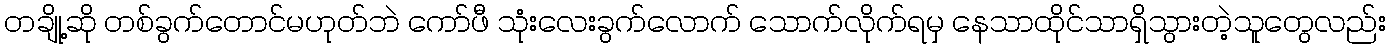
တချို့ဆို တစ်ခွက်တောင်မဟုတ်ဘဲ ကော်ဖီ သုံးလေးခွက်လောက် သောက်လိုက်ရမှ နေသာထိုင်သာရှိသွားတဲ့သူတွေလည်း